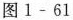
图1-61